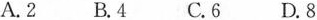
A.2 B.4 C.6 D.8